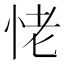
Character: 恅